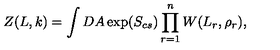
Z ( L , k ) = \int D A \exp ( S _ { c s } ) \prod _ { r = 1 } ^ { n } W ( L _ { r } , \rho _ { r } ) ,